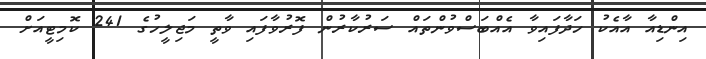
އިންޑިއާ އާއެކު ހަދާފައިވާ އެއްބަސްވުންތައް ސަރުކާރުން ފޮރުވާފައި ވާތީ މަޖިލީހުގެ 241 ކޮމިޓީއަށް